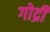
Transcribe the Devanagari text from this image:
गोद्री